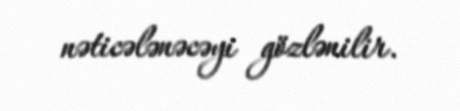
nəticələnəcəyi gözlənilir.